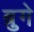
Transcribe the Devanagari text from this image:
ब्रुगे